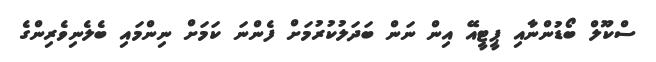
ސްކޫލް ބޯޑުންނާއި ޕީޓީއޭ އިން ނަން ބަދަލުކުރުމަށް ފެންނަ ކަމަށް ނިންމައި ބެލެނިވެރިންގެ